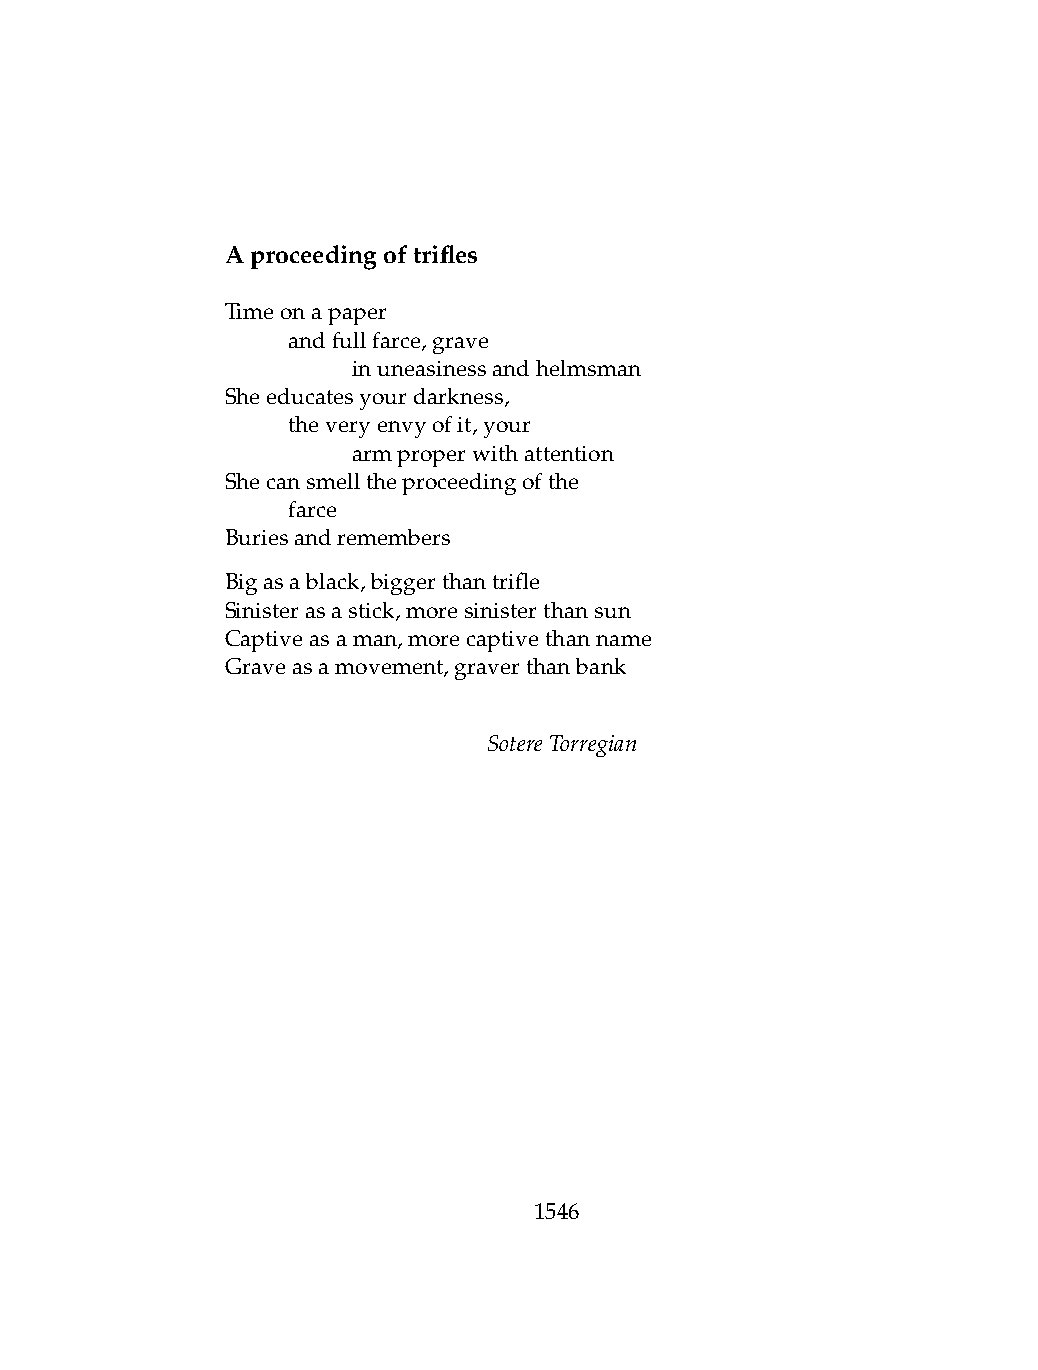
Aproceedingoftrifles
 Timeonapaper
 .   andfullfarce,grave
 .   .   inuneasinessandhelmsman
 Sheeducatesyourdarkness,
 .   theveryenvyofit,your
 .   .   armproperwithattention
 Shecansmelltheproceedingofthe
 .   farce
 Buriesandremembers
 Bigasablack,biggerthantrifle
 Sinisterasastick,moresinisterthansun
 Captiveasaman,morecaptivethanname
 Graveasamovement,graverthanbank
 SotereTorregian
 1546